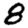
Digit: 8